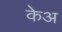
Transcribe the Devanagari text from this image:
केअ